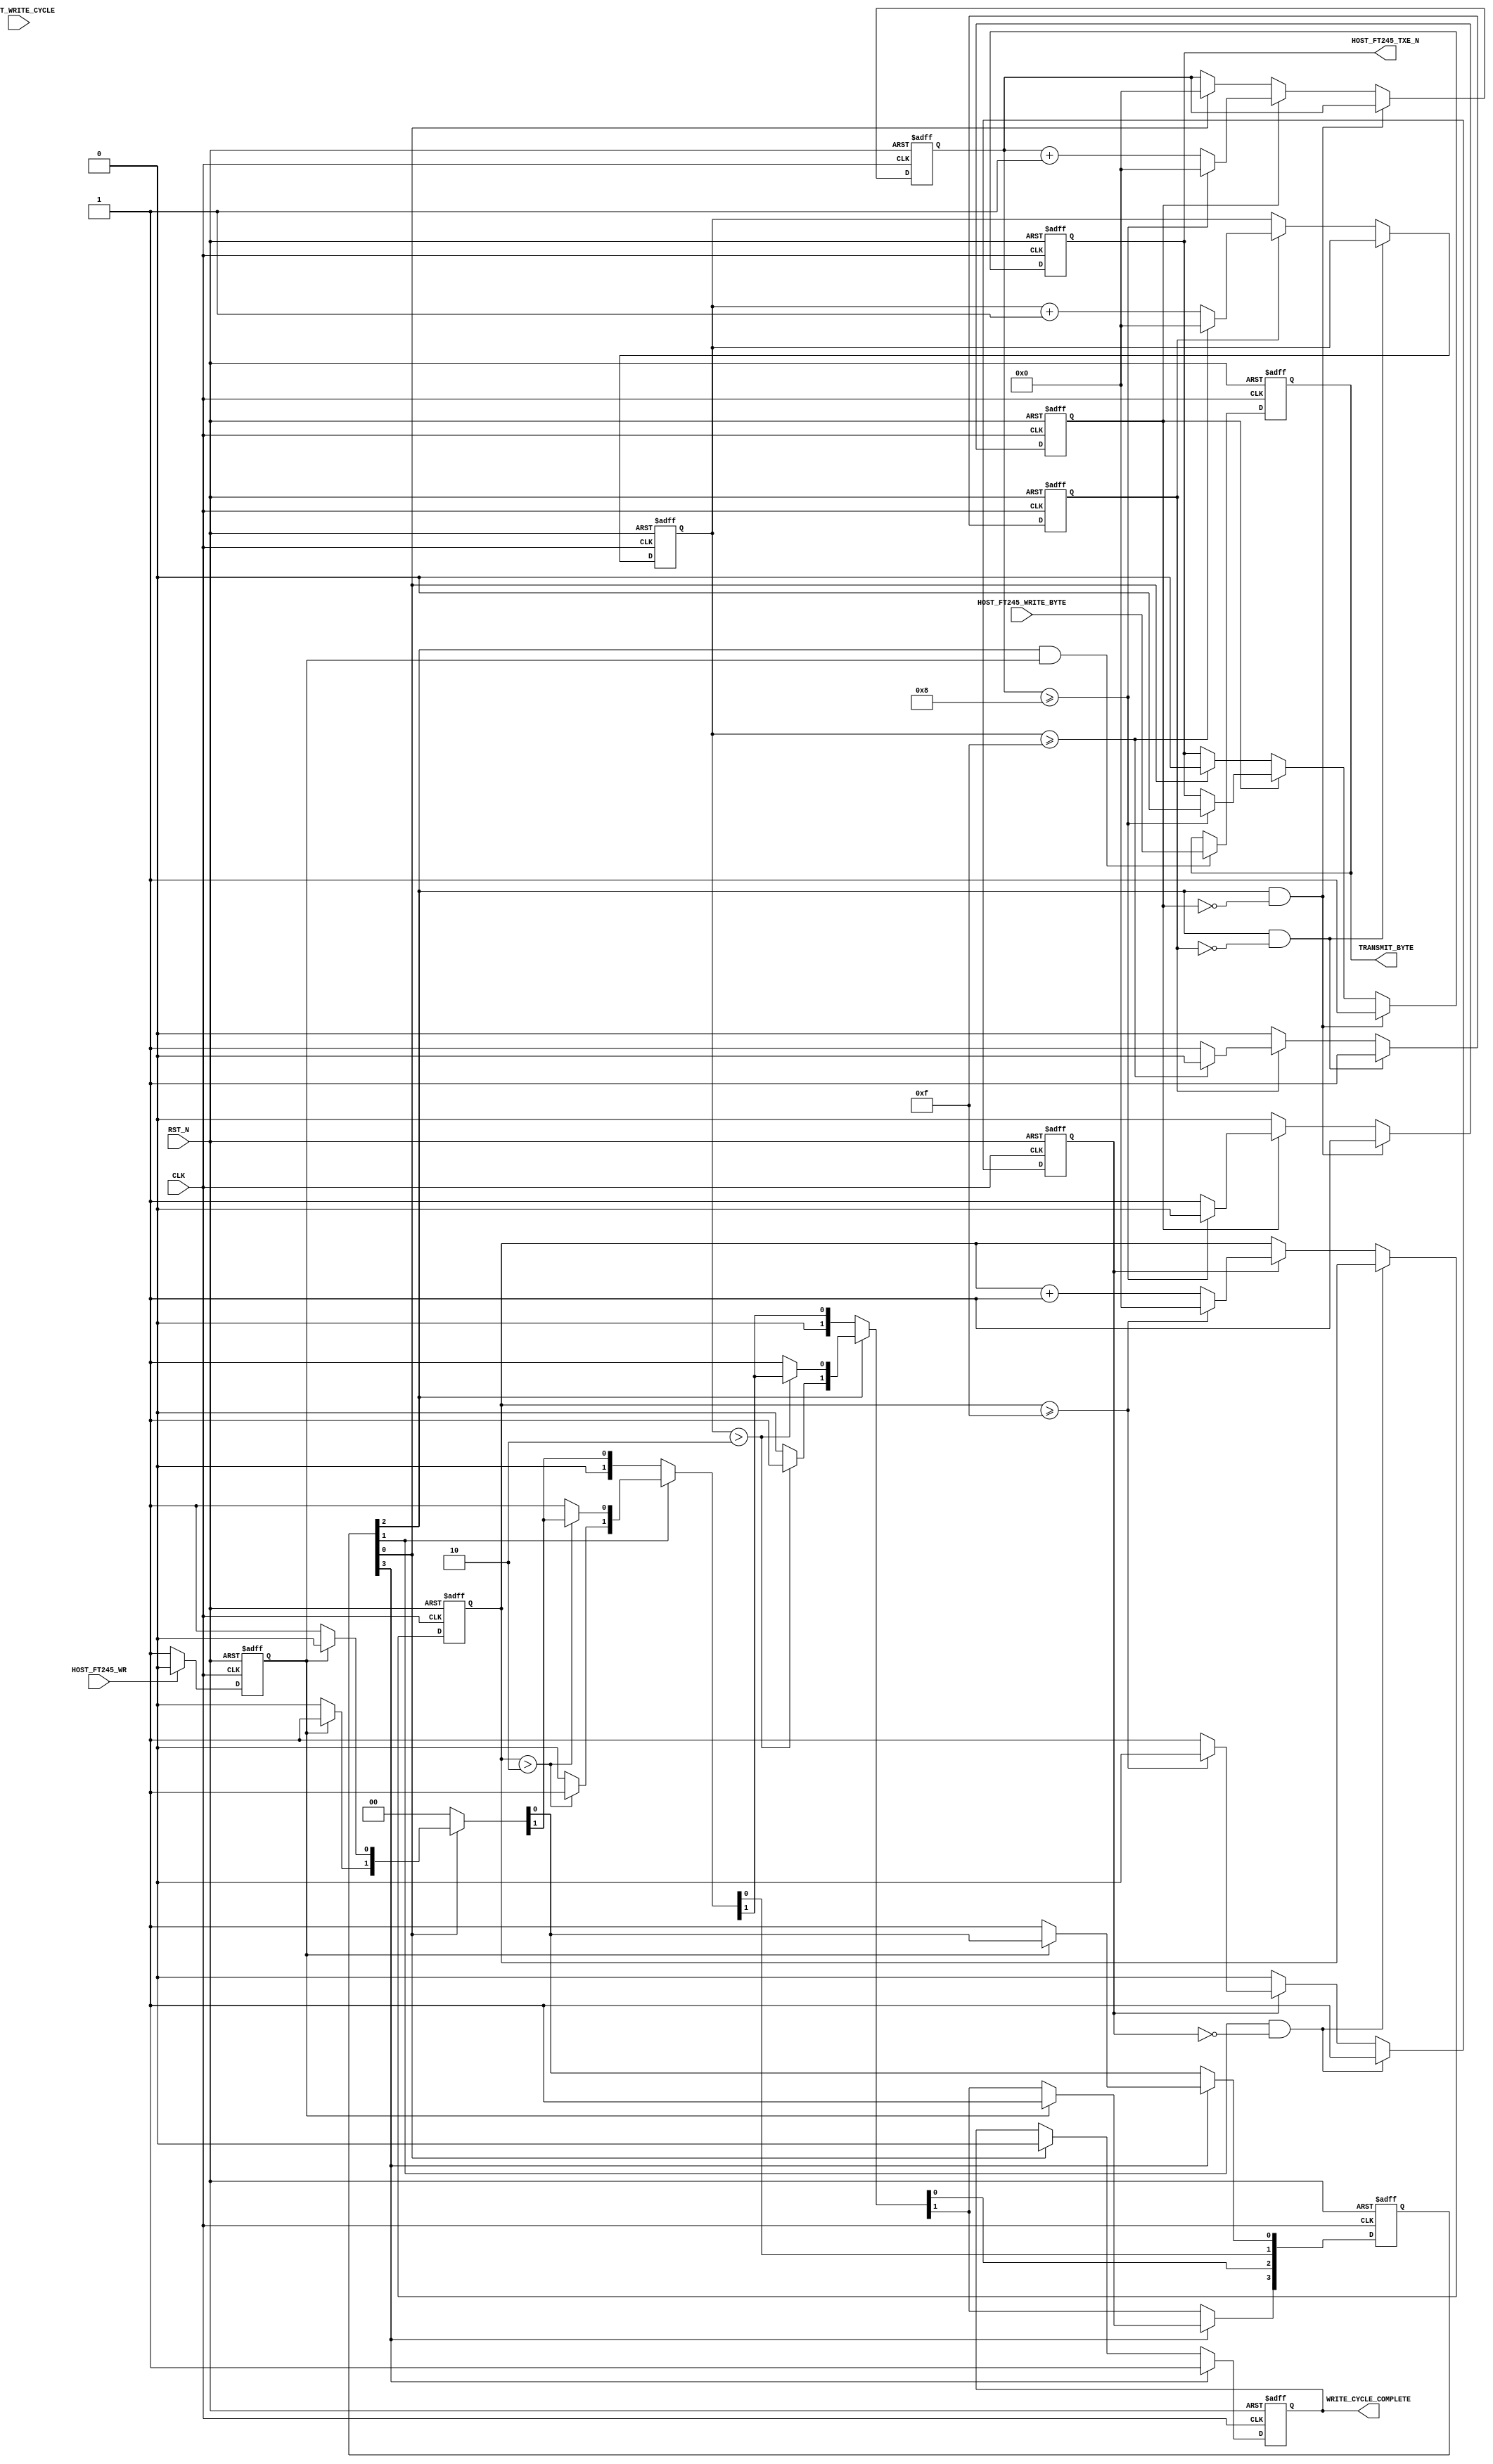
/*****************************************************
 * $Workfile::                                       
 * $Author:: R Jolly                                        
 * $Date::   05/24/07                                        
 * $Revision::  001                                     
 *
 * Copyright Smartronix, Inc. 2007
 *
 * This header files defines the input/output

 * 05/24/07		Created 
			
******************************************************/


`timescale 1ns / 100ps

module host_ft245_model_write
  (
	CLK,
	RST_N,

	HOST_FT245_TXE_N,
	HOST_FT245_WR,
	HOST_FT245_WRITE_BYTE,

	TRANSMIT_BYTE,
	START_WRITE_CYCLE,
	WRITE_CYCLE_COMPLETE


   );

   //----------------------------------------------
   // Parameter Declarations  
   //----------------------------------------------
   parameter IDLE					= 0,
			WAIT_FOR_WR_ASSERT 		= 1,
			ASSERT_TXE_N	 		= 2,
			WAIT_FOR_CYCLE_END		= 3;

   //--------------------------------------------------
   // IO Port Declarations                           
   //--------------------------------------------------
	input     			CLK, RST_N;

	output				HOST_FT245_TXE_N;
	input				HOST_FT245_WR;
	input	[7:0]			HOST_FT245_WRITE_BYTE;

	output	[7:0]			TRANSMIT_BYTE;
	input				START_WRITE_CYCLE;
	output				WRITE_CYCLE_COMPLETE;

   
   //------------------------------------------------
   // Wire and Register Declarations                
   //------------------------------------------------
	reg	[7:0]			TRANSMIT_BYTE;

	reg				HOST_FT245_TXE_N;

	reg				WRITE_CYCLE_COMPLETE;

	reg 	[8:0] 			state, next;



	reg				output_enable_reg;
	
	//Register the HOST_FT245_WR input
	reg				write_enable;
	reg				write_enable_reg;

	//Regisers for the HOST_FT245_TXE_N
	reg				txe_delay_reg;
	reg	[7:0]			txe_delay_count;
	reg				host_ft245_txe_n_reg;
	reg	[7:0]			host_ft245_txe_n_count;


	//write_byte delay registers
	reg				write_byte_control_reg;
	reg	[7:0]			write_byte_control_count;


  

`ifdef SIM
   reg [8*26:1] state_name;
`endif

   //--------------------------------------------------
   // Signal Assignments
   //--------------------------------------------------   

	

 	//--------------------------------------------------
	// For simulation, display the state names
	//--------------------------------------------------
`ifdef SIM
   always @(posedge CLK or negedge RST_N)
     begin
	if (!RST_N)
	  state_name <= 0;
	else
	  begin
	if (state == (1 << IDLE))
	  state_name = "IDLE";
	else if (state == (1 << WAIT_FOR_WR_ASSERT))
	  state_name = "WAIT_FOR_WR_ASSERT";
	else if (state == (1 << ASSERT_TXE_N))
	  state_name = "ASSERT_TXE_N";
	else if (state == (1 << WAIT_FOR_CYCLE_END))
	  state_name = "WAIT_FOR_CYCLE_END";
	  end // else: !if(!RST_N)
     end // always @ (posedge CLK or negedge RST_N)
`endif





   //-----------------------------------------------
   // Register the HOST_FT245_TXE_N Output
   //-----------------------------------------------
   always @(posedge CLK or negedge RST_N)
     begin
	if (!RST_N)
	begin
		HOST_FT245_TXE_N <= 0;
		host_ft245_txe_n_reg <= 0;
		host_ft245_txe_n_count <= 0;
	end
	else
	  begin
	     if ( state[ASSERT_TXE_N] && !host_ft245_txe_n_reg )
		begin
	       		HOST_FT245_TXE_N <= 1;
			host_ft245_txe_n_reg <= 1;
		end
	     else if ( host_ft245_txe_n_reg )
		begin
			host_ft245_txe_n_reg <= 1;
			host_ft245_txe_n_count <= host_ft245_txe_n_count + 1;
			if( host_ft245_txe_n_count >= 8'h08 )
			begin
	       			HOST_FT245_TXE_N <= 0;
				host_ft245_txe_n_reg <= 0;
				host_ft245_txe_n_count <= 0;
			end
		end
	     else if ( state[IDLE] )
		begin
			HOST_FT245_TXE_N <= 0;
			host_ft245_txe_n_reg <= 0;
			host_ft245_txe_n_count <= 0;
		end
	  end // else: !if(!RST_N)
     end // always @ (posedge CLK or negedge RST_N)
   


   //-----------------------------------------------
   // Register the WRITE_CYCLE_COMPLETE Output
   //-----------------------------------------------
   always @(posedge CLK or negedge RST_N)
     begin
	if (!RST_N)
	  WRITE_CYCLE_COMPLETE <= 0;
	else
	  begin
	     if ( state[WAIT_FOR_CYCLE_END] )
	       WRITE_CYCLE_COMPLETE <= 1;
	     else if ( state[IDLE] )
	       WRITE_CYCLE_COMPLETE <= 0;
	  end // else: !if(!RST_N)
     end // always @ (posedge CLK or negedge RST_N)
   



   //-----------------------------------------------
   // Create a txe_delay_count. This will allow
   // state[ASSERT_TXE_N] to assert for several clocks
   //-----------------------------------------------
   always @(posedge CLK or negedge RST_N)
     begin
	if (!RST_N)
	begin
				txe_delay_reg <= 0;
				txe_delay_count <= 0;
	end
	else
	begin
		if ( state[ASSERT_TXE_N] && !txe_delay_reg )
			txe_delay_reg <= 1;
		else if ( txe_delay_reg )
		begin
			txe_delay_reg <= 1;
			txe_delay_count <= txe_delay_count + 1;
			if( txe_delay_count >= 8'hf)
			begin
				txe_delay_reg <= 0;
				txe_delay_count <= 0;
			end
		end
     end
	end


   //-----------------------------------------------
   // Create a write_byte_control_count. This will allow
   // state[WRITE_CONTROL_BYTE] to assert for several clocks
   //-----------------------------------------------
   always @(posedge CLK or negedge RST_N)
     begin
	if (!RST_N)
	begin
				write_byte_control_reg <= 0;
				write_byte_control_count <= 0;
	end
	else
	begin
		if ( state[WAIT_FOR_WR_ASSERT] && !write_byte_control_reg )
			write_byte_control_reg <= 1;
		else if ( write_byte_control_reg )
		begin
			write_byte_control_reg <= 1;
			write_byte_control_count <= write_byte_control_count + 1;
			if( write_byte_control_count >= 8'hf)
			begin
				write_byte_control_reg <= 0;
				write_byte_control_count <= 0;
			end
		end
     end
	end
 
   //-----------------------------------------------
   // Create an write enable register
   //-----------------------------------------------
   always @(posedge CLK or negedge RST_N)
   begin
	 if (!RST_N)
	 begin
		write_enable <= 0;
	 end
	 else
	  begin
	     if (!HOST_FT245_WR)
			write_enable <= 1;
	    else 
		     write_enable <= 0;
	 end
    end
/*   always @(posedge CLK or negedge RST_N)
     begin
	if (!RST_N)
	begin
		write_enable <= 0;
		write_enable_reg <= 0;
	end
	else
	  begin
	     if ( !HOST_FT245_WR && !write_enable_reg )
		begin
			write_enable_reg <= 1;
			write_enable <= 1;
		end
	     else if ( HOST_FT245_WR && write_enable_reg )
		begin
			write_enable <= 0;
			write_enable_reg <= 0;
		end
	     else if ( state[WAIT_FOR_CYCLE_END] )
		begin
			write_enable <= 0;
			write_enable_reg <= 0;
		end
	  end // else: !if(!RST_N)
     end // always @ (posedge CLK or negedge RST_N)
*/


   //-----------------------------------------------
   // Register the REGISTER_DATA Outputs
   //-----------------------------------------------
   always @(posedge CLK or negedge RST_N)
     begin
	if (!RST_N)
	  TRANSMIT_BYTE <= 8'h88;
	else
	  begin
	     if ( state[ASSERT_TXE_N] & write_enable)
	       TRANSMIT_BYTE <= HOST_FT245_WRITE_BYTE;
	     else
	       TRANSMIT_BYTE <= TRANSMIT_BYTE;
	  end // else: !if(!RST_N)
     end // always @ (posedge CLK or negedge RST_N)
   


  

   //-----------------------------------------------
   // Finite  State Machine
   //-----------------------------------------------
   // Next State Logic
   always @(posedge CLK or negedge RST_N)
     begin
	if (!RST_N)
	  begin
	     state <= 9'h000;
	     state[IDLE] <= 1'b1;
	  end
	else
	  state <= next;
     end



     // State Definitions
   always @ ( state or write_enable_reg or write_enable
		or txe_delay_count or write_byte_control_count ) 
     begin
	next = 9'h000;

	if (state[IDLE])
	  begin
	     if ( write_enable )
	       next[WAIT_FOR_WR_ASSERT] = 1'b1;
	     else
	       next[IDLE] = 1'b1;
	  end

	
	if (state[WAIT_FOR_WR_ASSERT])
	  begin
		if ( write_byte_control_count > 8'h2 )
			next[ASSERT_TXE_N] = 1'b1;
		else 
			next[WAIT_FOR_WR_ASSERT] = 1'b1;
	  end

	if (state[ASSERT_TXE_N])
	  begin
	     if ( txe_delay_count > 8'h2 )
	       next[WAIT_FOR_CYCLE_END] = 1'b1;
	     else
	       next[ASSERT_TXE_N] = 1'b1;
	  end

	if (state[WAIT_FOR_CYCLE_END])
	  begin
	     if (!write_enable)
	       next[IDLE] = 1'b1;
	     else
	       next[WAIT_FOR_CYCLE_END] = 1'b1;
	  end
	


	end//end of state machine


	
   
endmodule